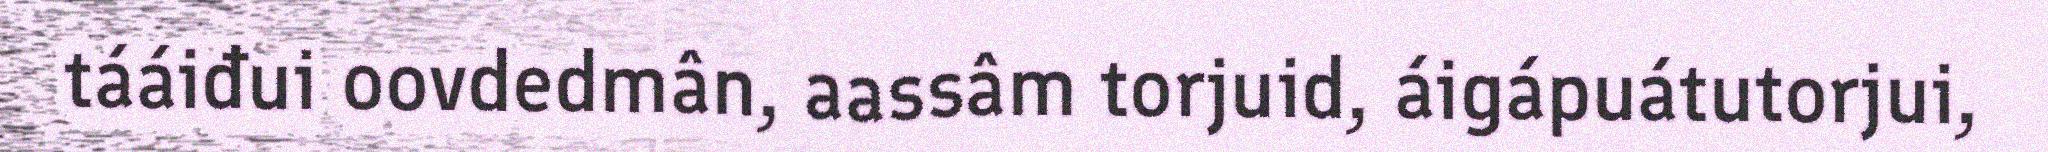
tááiđui oovdedmân, aassâm torjuid, áigápuátutorjui,